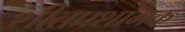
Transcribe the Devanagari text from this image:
शीतप्रशामक